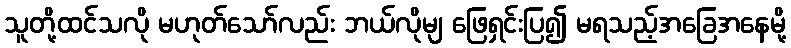
သူတို့ထင်သလို မဟုတ်သော်လည်း ဘယ်လိုမျ ဖြေရှင်းပြ၍ မရသည့်အခြေအနေမို့